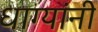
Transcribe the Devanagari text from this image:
धाग्‍यांनी